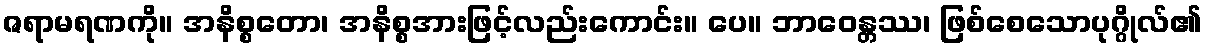
ဇရာမရဏကို။ အနိစ္စတော၊ အနိစ္စအားဖြင့်လည်းကောင်း။ ပေ။ ဘာဝေန္တဿ၊ ဖြစ်စေသောပုဂ္ဂိုလ်၏